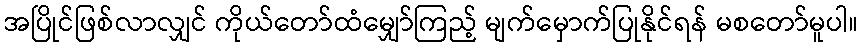
အပြိုင်ဖြစ်လာလျှင် ကိုယ်တော်ထံမျှော်ကြည့် မျက်မှောက်ပြုနိုင်ရန် မစတော်မူပါ။